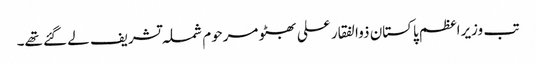
تب وزیراعظم پاکستان ذوالفقار علی بھٹو مرحوم شملہ تشریف لے گئے تھے۔